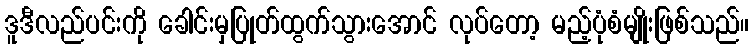
ဒူဒီလည်ပင်းကို ခေါင်းမှပြုတ်ထွက်သွားအောင် လုပ်တော့ မည့်ပုံစံမျိုးဖြစ်သည်။